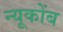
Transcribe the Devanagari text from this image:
न्यूकोंब